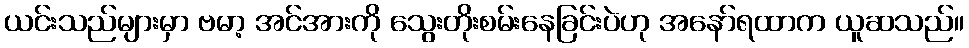
ယင်းသည်များမှာ ဗမာ့ အင်အားကို သွေးတိုးစမ်းနေခြင်းပဲဟု အနော်ရထာက ယူဆသည်။